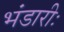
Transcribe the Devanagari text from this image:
भंडारीः